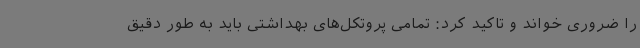
را ضروری خواند و تاکید کرد: تمامی پروتکل‌های بهداشتی باید به طور دقیق